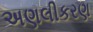
અણલીકરણ